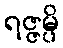
ရဇ္ဇမ္ပိ